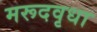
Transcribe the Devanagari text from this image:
मरूदवृधा